Civil Veterinary Department Bihar reports 1936-40 - 1936-1940
Year: 1936
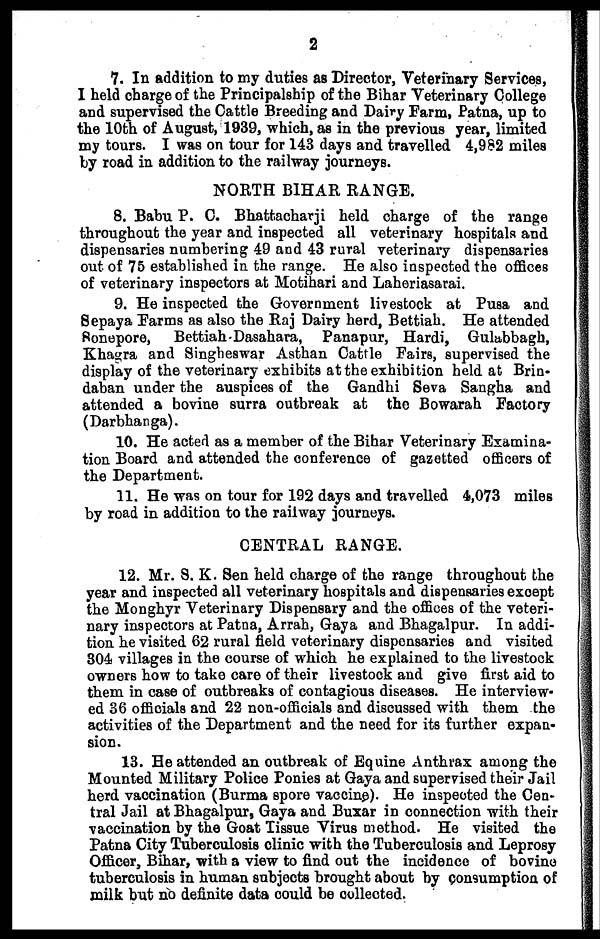
2
7. In addition to my duties as Director, Veterinary Services,
I held charge of the Principalship of the Bihar Veterinary College
and supervised the Cattle Breeding and Dairy Farm, Patna, up to
the 10th of August, 1939, which, as in the previous year, limited
my tours. I was on tour for 143 days and travelled 4,982 miles
by road in addition to the railway journeys.
NORTH BIHAR RANGE.
8. Babu P. C. Bhattacharji held charge of the range
throughout the year and inspected all veterinary hospitals and
dispensaries numbering 49 and 43 rural veterinary dispensaries
out of 75 established in the range. He also inspected the offices
of veterinary inspectors at Motihari and Laheriasarai.
9. He inspected the Government livestock at Pusa and
Sepaya Farms as also the Raj Dairy herd, Bettiah. He attended
sonepore, Bettiah-Dasahara, Panapur, Hardi, Gulabbagb,
Khagra and Singheswar Asthan Cattle Fairs, supervised the
display of the veterinary exhibits at the exhibition held at Brin-
daban under the auspices of the Gandhi Seva Sangha and
attended a bovine surra outbreak at the Bowarah Factory
(Darbhanga).
10. He acted as a member of the Bihar Veterinary Examina-
tion Board and attended the conference of gazetted officers of
the Department.
11. He was on tour for 192 days and travelled 4,073 miles
by road in addition to the railway journeys.
CENTRAL RANGE.
12. Mr. S. K. Sen held charge of the range throughout the
year and inspected all veterinary hospitals and dispensaries except
the Monghyr Veterinary Dispensary and the offices of the veteri-
nary inspectors at Patna, Arrah, Gaya and Bhagalpur. In addi-
tion he visited 62 rural field veterinary dispensaries and visited
304 villages in the course of which he explained to the livestock
owners how to take care of their livestock and give first aid to
them in case of outbreaks of contagious diseases. He interview-
ed 36 officials and 22 non-officials and discussed with them the
activities of the Department and the need for its further expan-
sion.
13. He attended an outbreak of Equine Anthrax among the
Mounted Military Police Ponies at Gaya and supervised their Jail
herd vaccination (Burma spore vaccine). He inspected the Cen-
tral Jail at Bhagalpur, Gaya and Buxar in connection with their
vaccination by the Goat Tissue Virus method. He visited the
Patna City Tuberculosis clinic with the Tuberculosis and Leprosy
Officer, Bihar, with a view to find out the incidence of bovine
tuberculosis in human subjects brought about by consumption of
milk but no definite data could be collected.